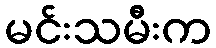
မင်းသမီးက